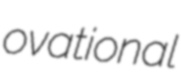
ovational